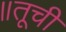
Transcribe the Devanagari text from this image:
॥तूची